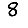
Digit: 8